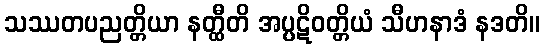
သဿတပညတ္တိယာ နတ္ထီတိ အပ္ပဋိဝတ္တိယံ သီဟနာဒံ နဒတိ။